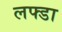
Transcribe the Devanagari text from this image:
लफ्डा